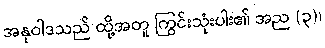
အနုဝါဒသည် ထို့အတူ ကြွင်းသုံးပါး၏ အည (၃)၊